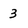
Character: 3